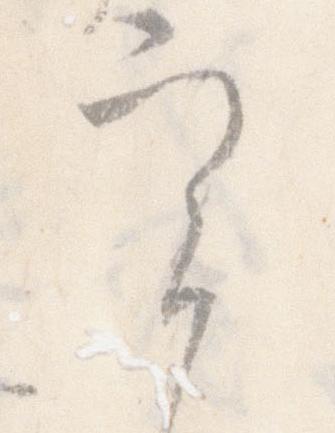
実